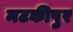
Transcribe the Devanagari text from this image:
मटकीपुर